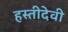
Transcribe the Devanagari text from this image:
हस्तीदेवी